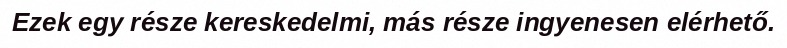
Ezek egy része kereskedelmi, más része ingyenesen elérhető.